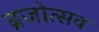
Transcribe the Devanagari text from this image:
ब्रजोत्सव